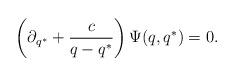
LaTeX: \begin{align*}\left (\partial_{q^*}+\frac{c}{q-q^*}\right )\Psi (q,q^*)=0.\end{align*}